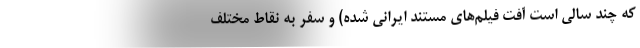
که چند سالی است آفت فیلم‌های مستند ایرانی شده) و سفر به نقاط مختلف